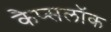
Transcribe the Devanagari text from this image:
कैप्सलॉक